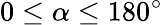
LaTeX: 0\leq\alpha\leq 180^{\circ}